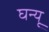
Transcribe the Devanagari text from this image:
घन्यू